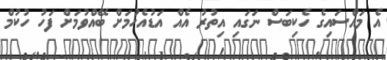
އެ މައްސައިގެ ހެކިބަސް ނަގައި އިތުރު އެއް އަޑުއެހުމަށް ބޭއްވުމަށް ފަހު ހުކުމް